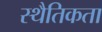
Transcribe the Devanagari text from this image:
स्थैतिकता